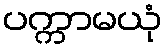
ပက္ကာမယုံ